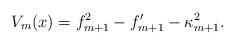
LaTeX: \begin{align*}V_{m}(x)= f_{m+1}^2-f_{m+1}'-\kappa_{m+1}^2.\end{align*}